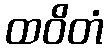
ထဝိတံ